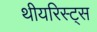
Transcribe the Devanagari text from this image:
थीयरिस्ट्स